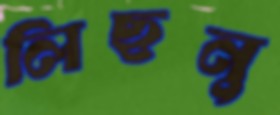
লিছনু